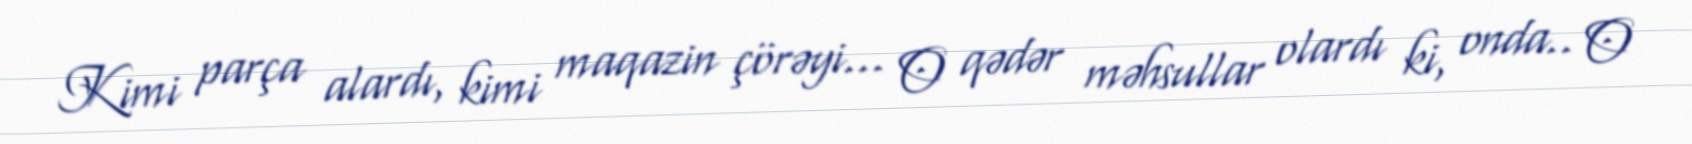
Kimi parça alardı, kimi maqazin çörəyi... O qədər məhsullar olardı ki, onda.. O